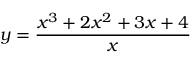
y = { \frac { x ^ { 3 } + 2 x ^ { 2 } + 3 x + 4 } { x } }